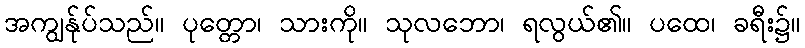
အကျွန်ုပ်သည်။ ပုတ္တော၊ သားကို။ သုလဘော၊ ရလွယ်၏။ ပထေ၊ ခရီး၌။